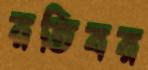
রতিবর